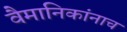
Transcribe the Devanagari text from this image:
वैमानिकांनाच